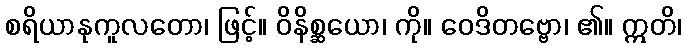
စရိယာနုကူလတော၊ ဖြင့်။ ဝိနိစ္ဆယော၊ ကို။ ဝေဒိတဗ္ဗော၊ ၏။ ဣတိ၊